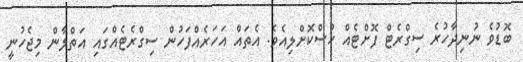
ބޮޑުވެ ނުނިދާހުރެ ސިގްރެޓް ފޮށްޓެއް ހުސްކޮށްލިއެވެ. އެތައް އަހަރެއްފަހުން ސިގްރެޓެއްގައި އަތްލާން މިޖެހުނީ